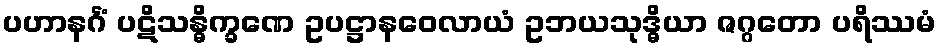
ပဟာနင်္ဂံ ပဋိသန္ဓိက္ခဏေ ဥပဋ္ဌာနဝေလာယံ ဥဘယသုဒ္ဓိယာ ဇဂ္ဂတော ပရိဿမံ